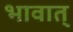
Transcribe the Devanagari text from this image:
भावात्